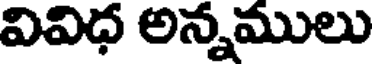
వివిధ అన్నములు